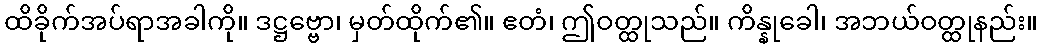
ထိခိုက်အပ်ရာအခါကို။ ဒဋ္ဌဗ္ဗော၊ မှတ်ထိုက်၏။ ဧတံ၊ ဤဝတ္ထုသည်။ ကိန္နုခေါ၊ အဘယ်ဝတ္ထုနည်း။